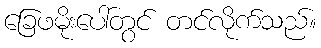
ခြေဖမိုးပေါ်တွင် တင်လိုက်သည်။